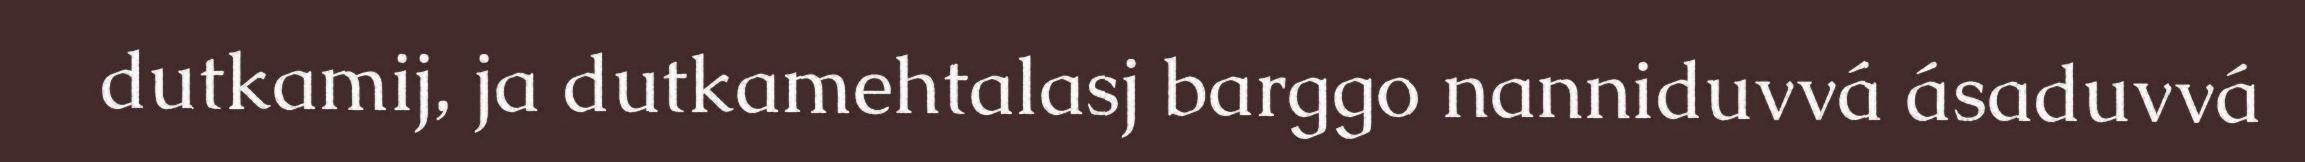
dutkamij, ja dutkamehtalasj barggo nanniduvvá ásaduvvá